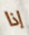
إذا